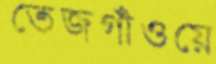
তেজগাঁওয়ে